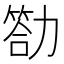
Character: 𠢡